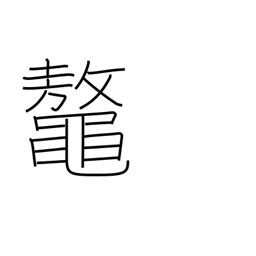
Meaning: great sea turtle